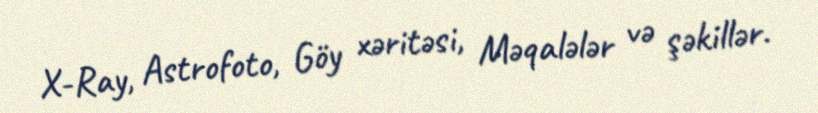
X-Ray, Astrofoto, Göy xəritəsi, Məqalələr və şəkillər.